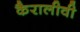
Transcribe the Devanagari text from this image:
कैरालीवी